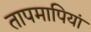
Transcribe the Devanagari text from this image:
तापमापियां